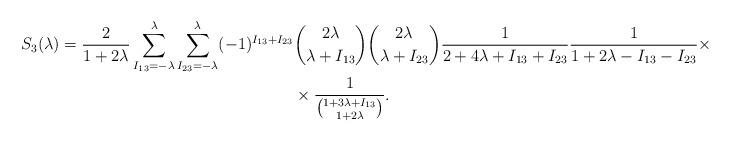
LaTeX: \begin{align*}S_{3}(\lambda) = \frac{2}{1+2\lambda} \sum\limits_{I_{13}=-\lambda}^\lambda \sum\limits_{I_{23}=-\lambda}^\lambda (-1)^{I_{13}+I_{23}} & \binom{2\lambda}{\lambda+I_{13}}\binom{2\lambda}{\lambda+I_{23}} \frac{1}{2+4\lambda+I_{13}+I_{23}} \frac{1}{1+2\lambda-I_{13}-I_{23}} \times \\& \times\frac{1}{\binom{1+3\lambda+I_{13}}{1+2\lambda}}.\end{align*}